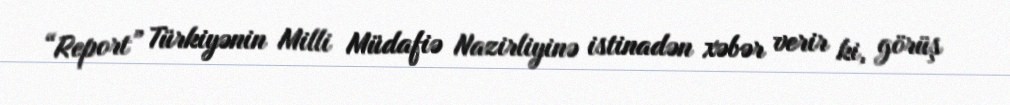
“Report” Türkiyənin Milli Müdafiə Nazirliyinə istinadən xəbər verir ki, görüş